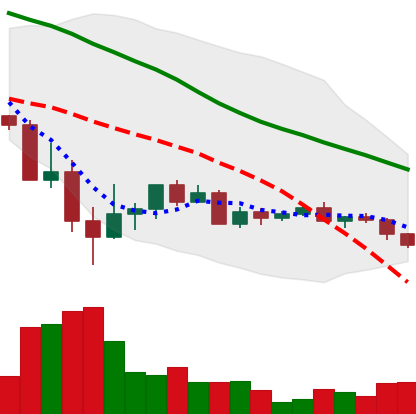
Ticker: ADA-USD
Chart end date: 2022-05-27
Forward return: 21.348%
Label: up_7plus